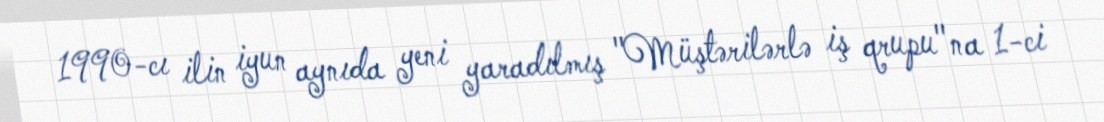
1990-cı ilin iyun aynıda yeni yaradılmış "Müştərilərlə iş qrupu"na 1-ci